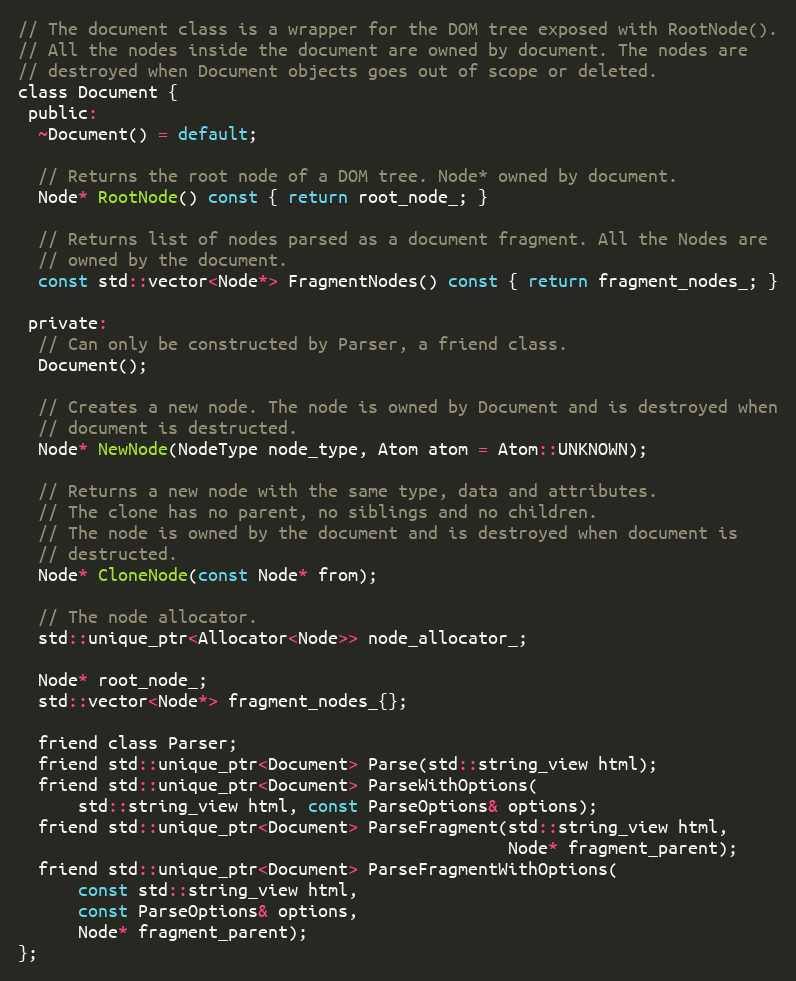
Language: C
// The document class is a wrapper for the DOM tree exposed with RootNode().
// All the nodes inside the document are owned by document. The nodes are
// destroyed when Document objects goes out of scope or deleted.
class Document {
 public:
  ~Document() = default;

  // Returns the root node of a DOM tree. Node* owned by document.
  Node* RootNode() const { return root_node_; }

  // Returns list of nodes parsed as a document fragment. All the Nodes are
  // owned by the document.
  const std::vector<Node*> FragmentNodes() const { return fragment_nodes_; }

 private:
  // Can only be constructed by Parser, a friend class.
  Document();

  // Creates a new node. The node is owned by Document and is destroyed when
  // document is destructed.
  Node* NewNode(NodeType node_type, Atom atom = Atom::UNKNOWN);

  // Returns a new node with the same type, data and attributes.
  // The clone has no parent, no siblings and no children.
  // The node is owned by the document and is destroyed when document is
  // destructed.
  Node* CloneNode(const Node* from);

  // The node allocator.
  std::unique_ptr<Allocator<Node>> node_allocator_;

  Node* root_node_;
  std::vector<Node*> fragment_nodes_{};

  friend class Parser;
  friend std::unique_ptr<Document> Parse(std::string_view html);
  friend std::unique_ptr<Document> ParseWithOptions(
      std::string_view html, const ParseOptions& options);
  friend std::unique_ptr<Document> ParseFragment(std::string_view html,
                                                 Node* fragment_parent);
  friend std::unique_ptr<Document> ParseFragmentWithOptions(
      const std::string_view html,
      const ParseOptions& options,
      Node* fragment_parent);
};